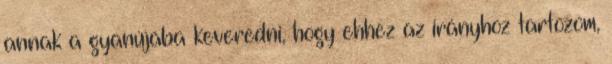
annak a gyanújába keveredni, hogy ehhez az irányhoz tartozom,